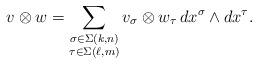
LaTeX: \begin{align*} v\otimes w=\sum_{\substack{\sigma\in\Sigma(k,n)\\\tau\in\Sigma(\ell,m)}} v_\sigma\otimes w_\tau\, dx^\sigma\wedge dx^\tau.\end{align*}